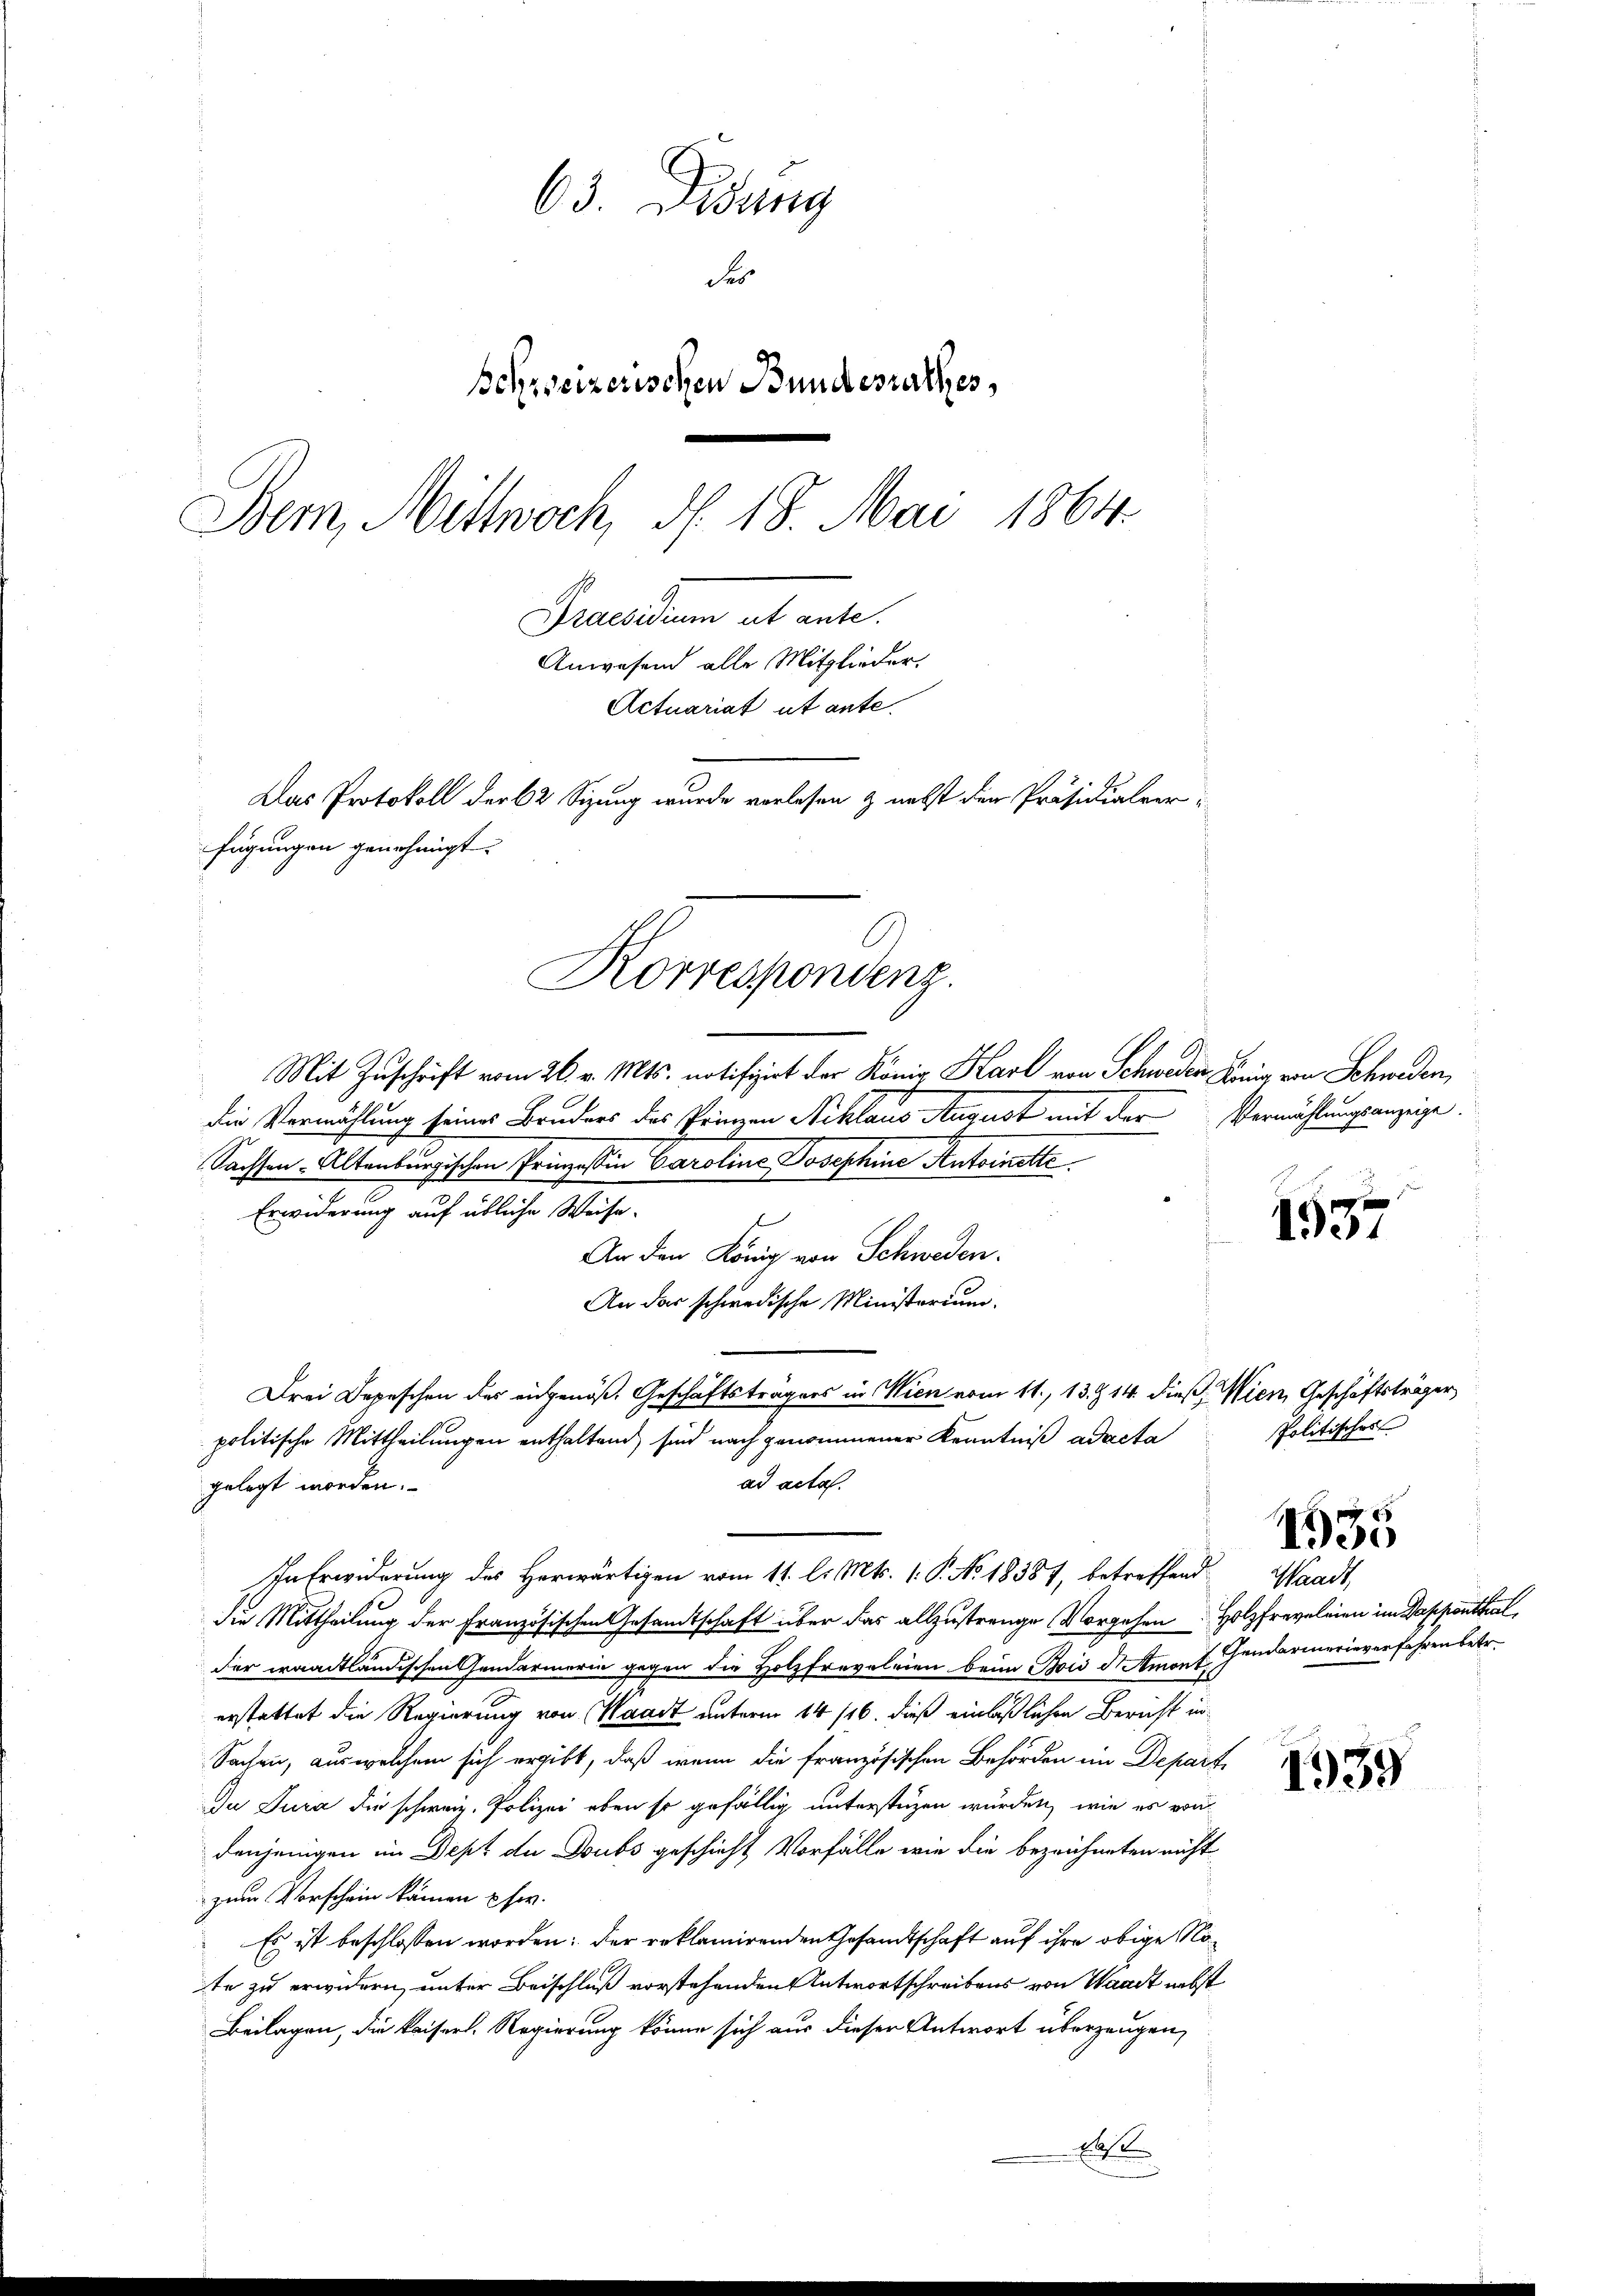
63. Didung
S
schreizerischen Bundesrathes,
Bern, Mittwoch, d. 18. Mai 1864.
Praedium alt erte.
Anwesend alle Mitglieder.
Actuariat ut ante¬
Das Protokoll der 62 Sizung wurde verlesen & nebst der Präsidialverfügungen genehmigt.
Korrespondenz.

Mit Zuschrift vom 26. v. Mts. notifizirt der König Karl von Schweden König von Schweden,
die Vermählung seines Bruders des Prinzen Niklaus August mit der Vermählungsanzeige.
Sachsen-Altenburgischen Prinzessin Caroline Josephine Antoinette
Erwiderung auf übliche Weise.
An den König von Schweden.
An das schwedische Ministerium.
Drei Depeschen des eidgenöß. Geschäftsträgers in Wien vom 11. 13. Z 14. dieß, Wien, Geschäftsträger
politische Mittheilungen enthaltend sind nach genommener Kenntniß ad acta
ad acta.
gelegt worden.
In Erwiderung des Herwärtigen vom 11. l. Mts. 1. P. No. 18387, betreffend Waadt,
die Mittheilung der Französischen Gesandtschaft über das allzustrenge Vorgehen Holzfreveleien im Sappenthal,
der waadtländischen Gendarmerin gegen die Holzfreveleien beim Bois d Amort Gendarmerieverfahren betr.
erstattet die Regierung von Waadt unterm 14. 116. dieß einläßlichen Bericht in
Sachen, aus welchem sich ergibt, daß wenn die französischen Behörden im Depart
Du Jura die schweiz. Polizei eben so gefällig unterstüzen wurden, wie es von
denjenigen im Dept du Doubs geschieht, Vorfälle wie die bezeichneten nicht
zum Vorschein kämen her.
Es ist beschlossen worden: der reklamirenden Gesandtschaft auf ihre obige Note zu erwidern, unter Beischluß vorstehenden Antwortschreibens von Waadt nebst
Beilagen, die Kaiserl. Regierung könne sich aus dieser Antwort überzeugen,

1557

politisches

4535

1939